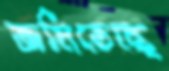
জমিতেছে